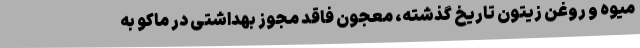
میوه و روغن زیتون تاریخ گذشته، معجون فاقد مجوز بهداشتی در ماکو به